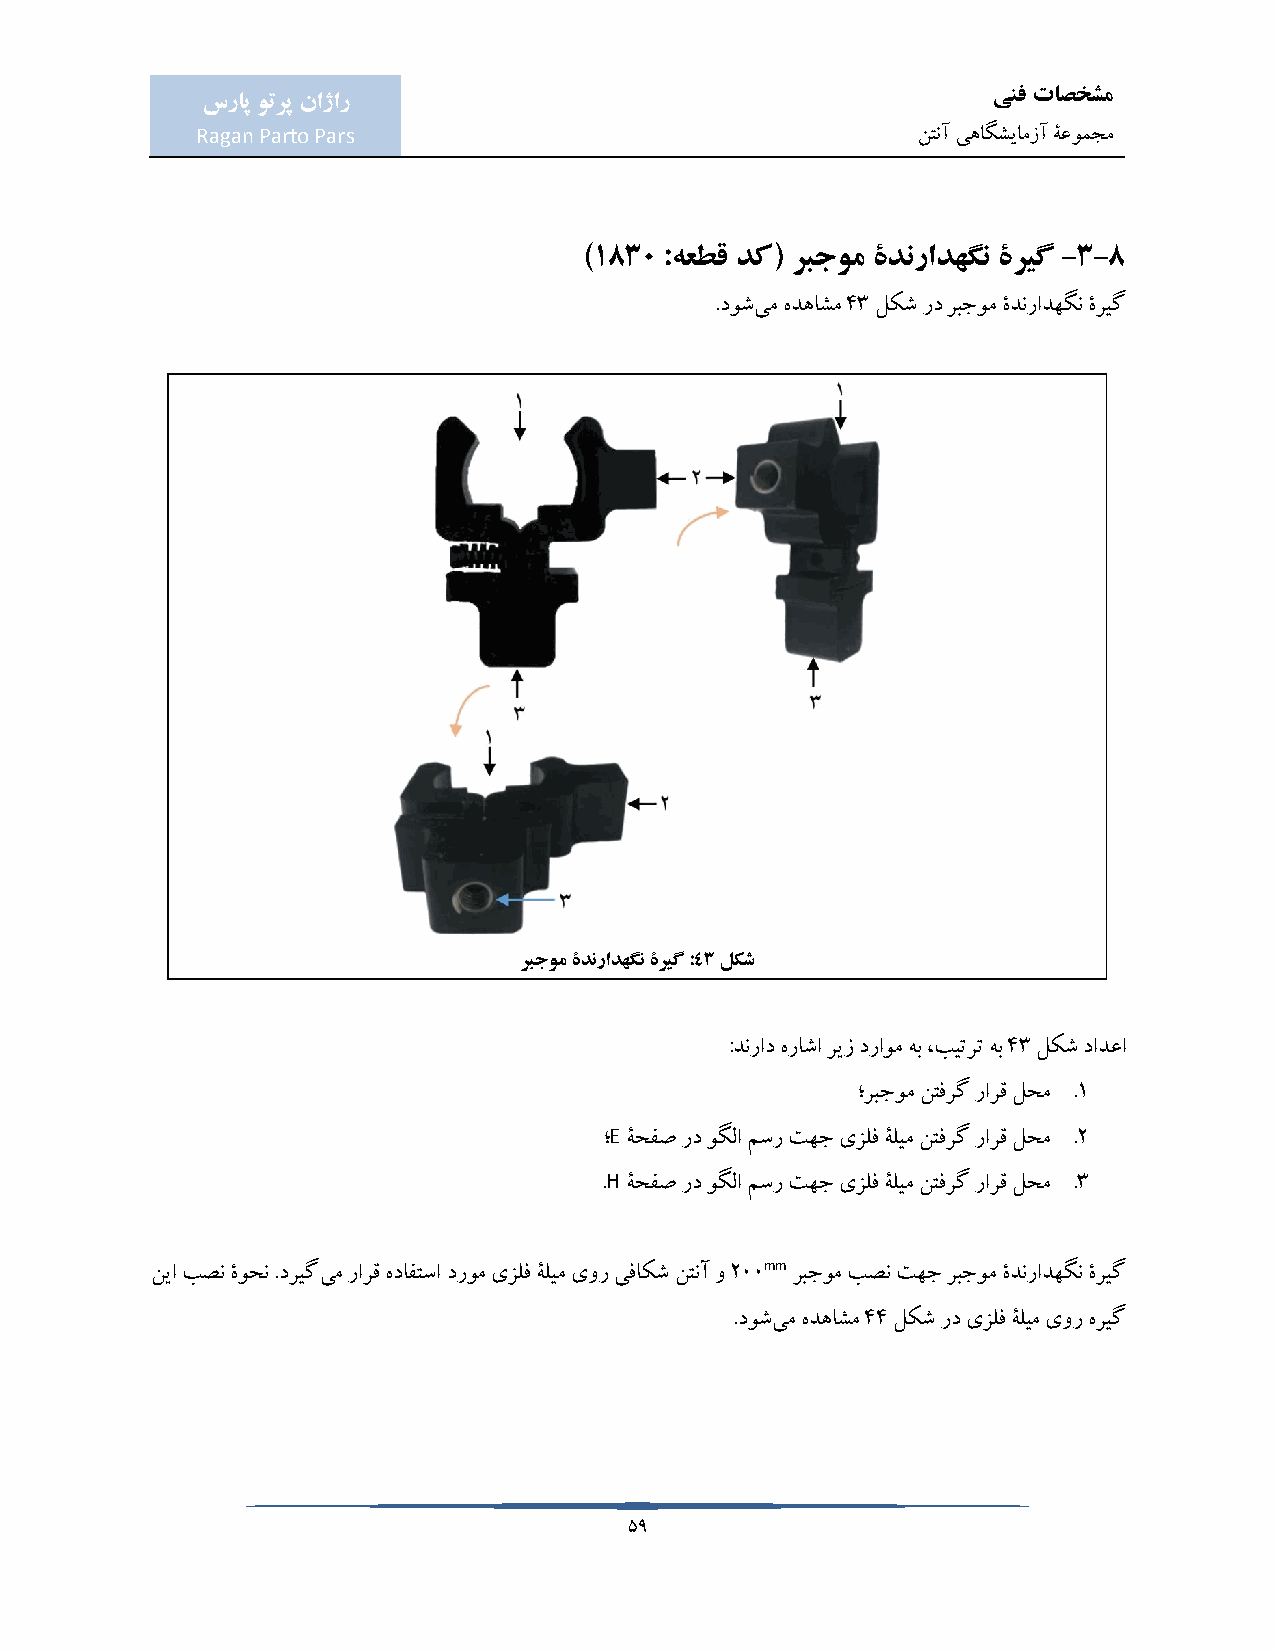
ینف تاصخشم
 سراپ وترپ ناژار
 Ragan Parto Pars                                نتنآ یهاگشیامزآ ۀعومجم
 )1830 :هعطق دک( ربجوم ۀدنرادهگن ۀریگ -3-8
 .دوشیم هدهاشم 43 لکش رد ربجوم ۀدنرادهگن ۀریگ
 ربجوم ۀدنرادهگن ۀریگ :43 لکش
 :دنراد هراشا ریز دراوم هب ،بیترت هب 43 لکش دادعا
 ؛ربجوم نتفرگ رارق لحم .1
 E
 ؛ ۀحفص رد وگلا مسر تهج یزلف ۀلیم نتفرگ رارق لحم .2
 H
 . ۀحفص رد وگلا مسر تهج یزلف ۀلیم نتفرگ رارق لحم .3
 mm
 نیا بصن ۀوحن .دریگیم رارق هدافتسا دروم یزلف ۀلیم یور یفاکش نتنآ و 200 ربجوم بصن تهج ربجوم ۀدنرادهگن ۀریگ
 .دوشیم هدهاشم 44 لکش رد یزلف ۀلیم یور هریگ
 59